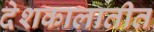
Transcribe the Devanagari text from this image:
देशकालातीत